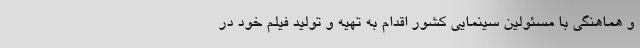
و هماهنگی با مسئولین سینمایی کشور اقدام به تهیه و تولید فیلم خود در